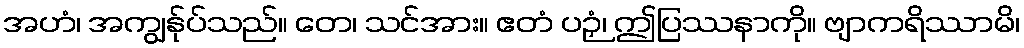
အဟံ၊ အကျွန်ုပ်သည်။ တေ၊ သင်အား။ ဧတံ ပဉှံ၊ ဤပြဿနာကို။ ဗျာကရိဿာမိ၊